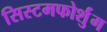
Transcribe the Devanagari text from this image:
सिस्टमफोर्शुंग